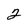
Character: 2